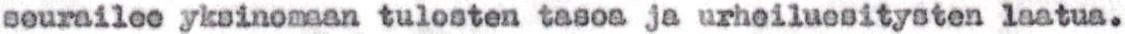
seurailee yksinomaan tulosten tasoa ja urheiluesitysten laatua.